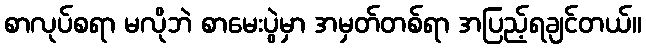
စာလုပ်စရာ မလိုဘဲ စာမေးပွဲမှာ အမှတ်တစ်ရာ အပြည့်ရချင်တယ်။